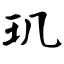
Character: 玑